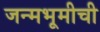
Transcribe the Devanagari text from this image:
जन्मभूमीची